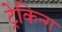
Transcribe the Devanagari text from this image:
ट्रेकिन्ग